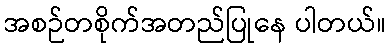
အစဉ်တစိုက်အတည်ပြုနေ ပါတယ်။